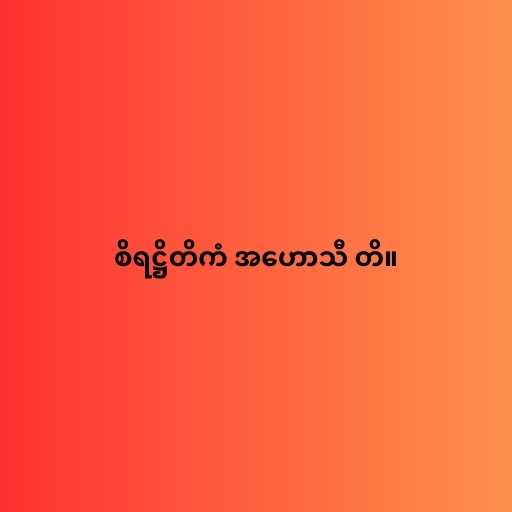
စိရဋ္ဌိတိကံ အဟောသီ တိ။